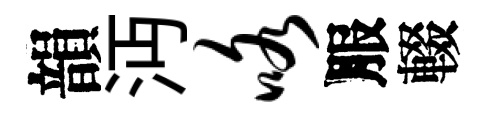
韻沔咯服輟